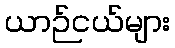
ယာဉ်ငယ်များ